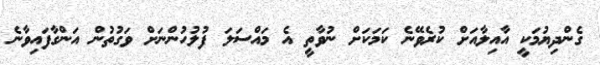
ގެންދިޔުމަކީ އާއިލާއަށް ކުރެވޭނެ ކަމަކަށް ނުވާތީ އެ މައްސަލަ ފުލުހުންނަށް ވަގުތުން އަންގާފައިވާނެ